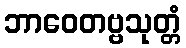
ဘာဝေတဗ္ဗသုတ္တံ